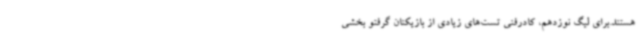
هستند.برای لیگ نوزدهم، کادرفنی تست‌های زیادی از بازیکنان گرفتو بخشی